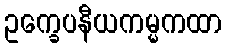
ဥက္ခေပနီယကမ္မကထာ